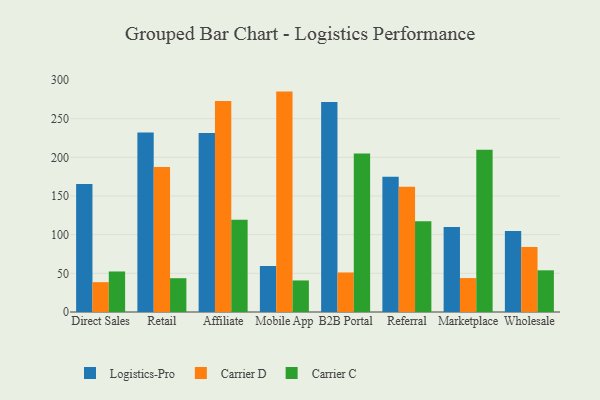
{"axis": {"x": "Channel", "y": "Demand Index"}, "legend": ["Carrier C", "Carrier D", "Logistics-Pro"], "data": [{"x": "Direct Sales", "y": 165.6, "type": "Logistics-Pro"}, {"x": "Direct Sales", "y": 38.6, "type": "Carrier D"}, {"x": "Direct Sales", "y": 52.4, "type": "Carrier C"}, {"x": "Retail", "y": 232.1, "type": "Logistics-Pro"}, {"x": "Retail", "y": 187.6, "type": "Carrier D"}, {"x": "Retail", "y": 43.7, "type": "Carrier C"}, {"x": "Affiliate", "y": 231.4, "type": "Logistics-Pro"}, {"x": "Affiliate", "y": 272.8, "type": "Carrier D"}, {"x": "Affiliate", "y": 119.3, "type": "Carrier C"}, {"x": "Mobile App", "y": 59.5, "type": "Logistics-Pro"}, {"x": "Mobile App", "y": 285.0, "type": "Carrier D"}, {"x": "Mobile App", "y": 40.8, "type": "Carrier C"}, {"x": "B2B Portal", "y": 271.4, "type": "Logistics-Pro"}, {"x": "B2B Portal", "y": 51.1, "type": "Carrier D"}, {"x": "B2B Portal", "y": 204.9, "type": "Carrier C"}, {"x": "Referral", "y": 175.0, "type": "Logistics-Pro"}, {"x": "Referral", "y": 162.0, "type": "Carrier D"}, {"x": "Referral", "y": 117.2, "type": "Carrier C"}, {"x": "Marketplace", "y": 109.9, "type": "Logistics-Pro"}, {"x": "Marketplace", "y": 43.9, "type": "Carrier D"}, {"x": "Marketplace", "y": 209.7, "type": "Carrier C"}, {"x": "Wholesale", "y": 104.7, "type": "Logistics-Pro"}, {"x": "Wholesale", "y": 83.9, "type": "Carrier D"}, {"x": "Wholesale", "y": 53.9, "type": "Carrier C"}]}